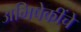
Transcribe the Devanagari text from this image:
अभिषेकींचे